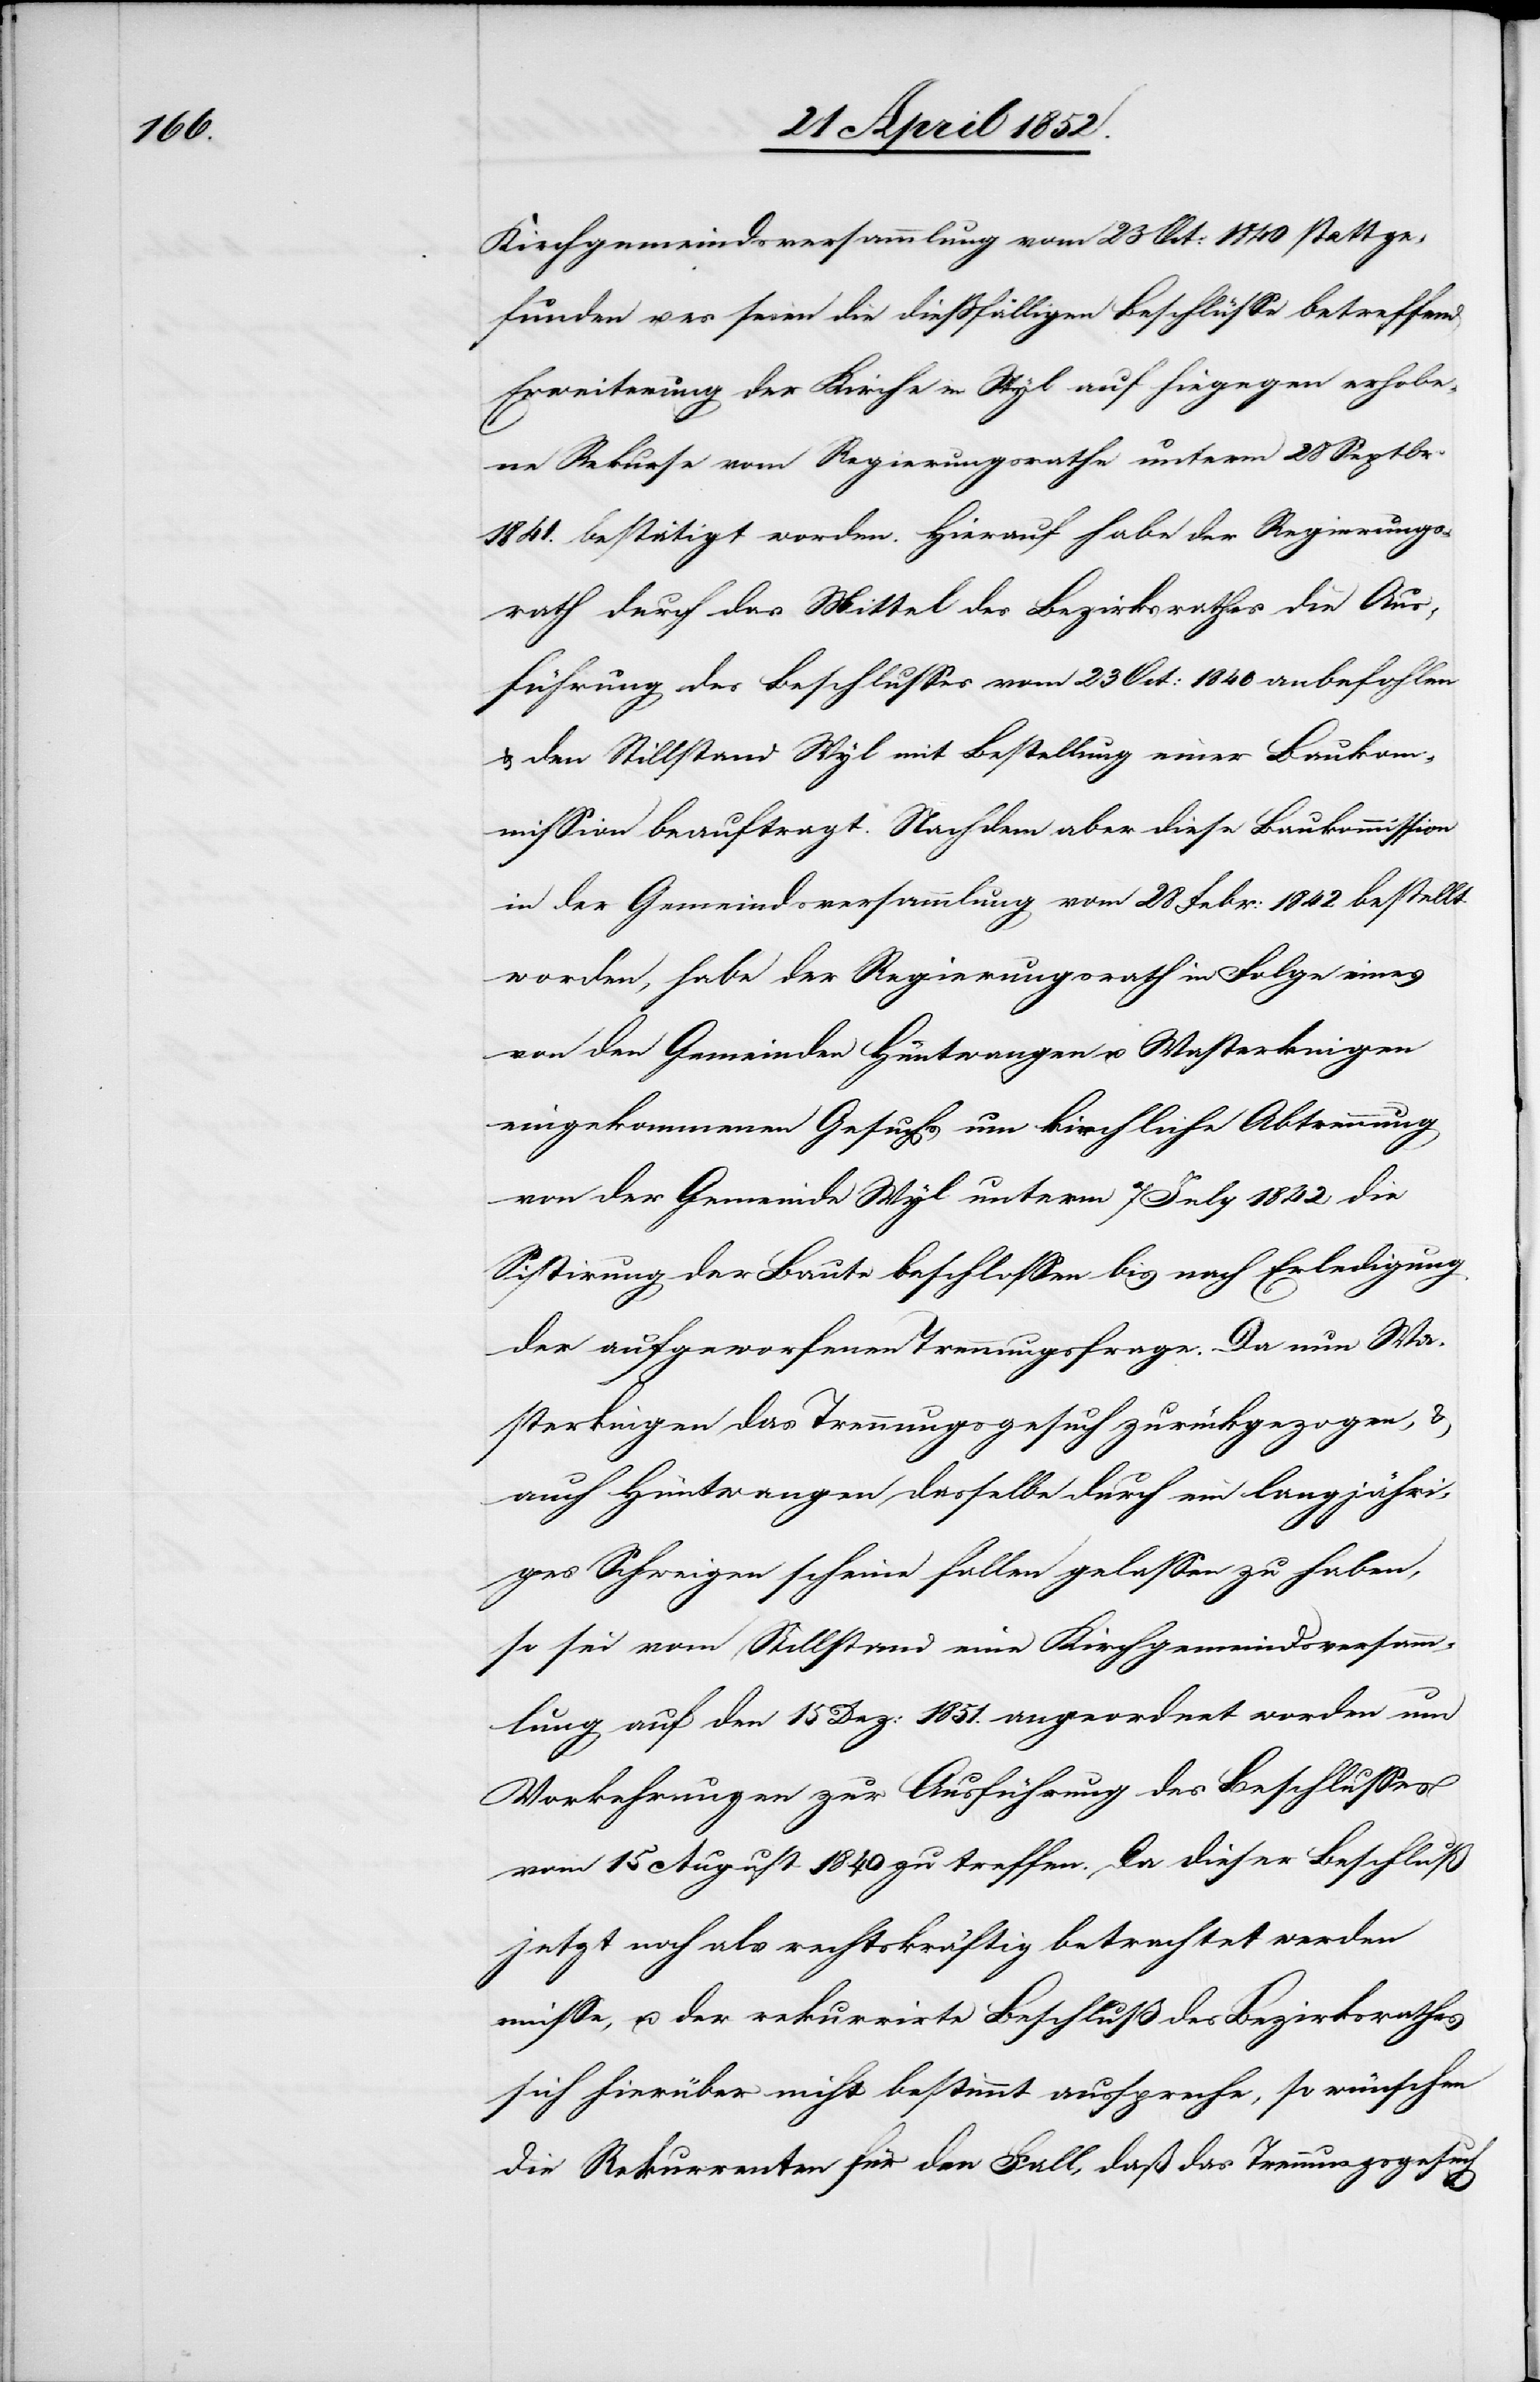
Kirchgemeindsversammlung vom 23 Oct: 1840 stattge¬
funden u. es seien die diessfälligen Beschlüsse betreffend
Erweiterung der Kirche in Wyl auf hiegegen erhobe¬
ne Rekurse vom Regierungsrathe unterm 28 Septbr.
1841. bestätigt worden. Hierauf habe der Regierungs¬
rath durch das Mittel des Bezirksrathes die Aus¬
führung des Beschlusses vom 23 Oct: 1840 anbefohlen
& den Stillstand Wyl mit Bestellung einer Baukom¬
mission beauftragt. Nachdem aber diese Baukommission
in der Gemeindsversammlung vom 28 Febr: 1842 bestellt
worden, habe der Regierungsrath in Folge eines
von den Gemeinden Hüntwangen u. Wasterkingen
eingekommenen Gesuchs um kirchliche Abtrennung
von der Gemeinde Wyl unterm 7 July 1842 die
Sistirung der Baute beschlossen bis nach Erledigung
der aufgeworfenen Trennungsfrage. Da nun Wa¬
sterkingen das Trennungsgesuch zurückgezogen, &
auch Hüntwangen dasselbe durch ein langjähri¬
ges Schweigen scheine fallen gelassen zu haben,
so sei vom Stillstand eine Kirchgemeindsversamm¬
lung auf den 15 Dez: 1851. angeordnet worden um
Vorkehrungen zur Ausführung des Beschlusses
vom 15 August 1840 zu treffen. Da dieser Beschluß
jetzt noch als rechtskräftig betrachtet werden
müsse, u. der rekurrirte Beschluß des Bezirksrathes
sich hierüber nicht bestimmt ausspreche, so wünschen
die Rekurrenten für den Fall, daß das Trennungsgesuch